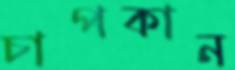
চাপকান